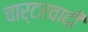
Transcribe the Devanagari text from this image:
चार्टरवादी